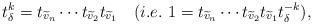
LaTeX: \begin{align*} t_\delta ^k=t_{\widetilde{v}_n}\cdots t_{\widetilde{v}_2}t_{\widetilde{v}_1} \ \ \ (i.e. \ 1=t_{\widetilde{v}_n}\cdots t_{\widetilde{v}_2}t_{\widetilde{v}_1}t_\delta ^{-k}), \end{align*}